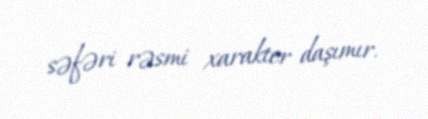
səfəri rəsmi xarakter daşımır.